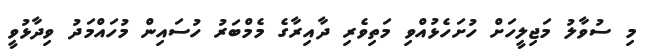
މި ސުވާލު މަޖިލީހަށް ހުށަހެޅުއްވި މަތިވެރި ދާއިރާގެ މެމްބަރު ހުސައިން މުހައްމަދު ވިދާޅުވީ